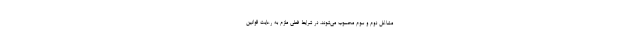
مشاغل دوم و سوم محسوب می‌شوند، در شرایط فعلی ملزم به رعایت قوانین